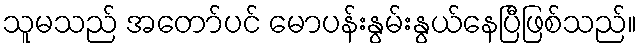
သူမသည် အတော်ပင် မောပန်းနွမ်းနွယ်နေပြီဖြစ်သည်။